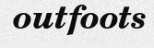
outfoots